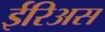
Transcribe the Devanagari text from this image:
ईरिअस